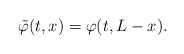
\begin{align*}\tilde \varphi (t,x) = \varphi (t,L-x). \end{align*}